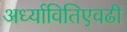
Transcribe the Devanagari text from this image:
अर्ध्यावितिएवढी